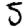
Digit: 5